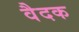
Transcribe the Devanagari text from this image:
वैदक